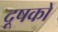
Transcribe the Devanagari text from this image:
दूषकों